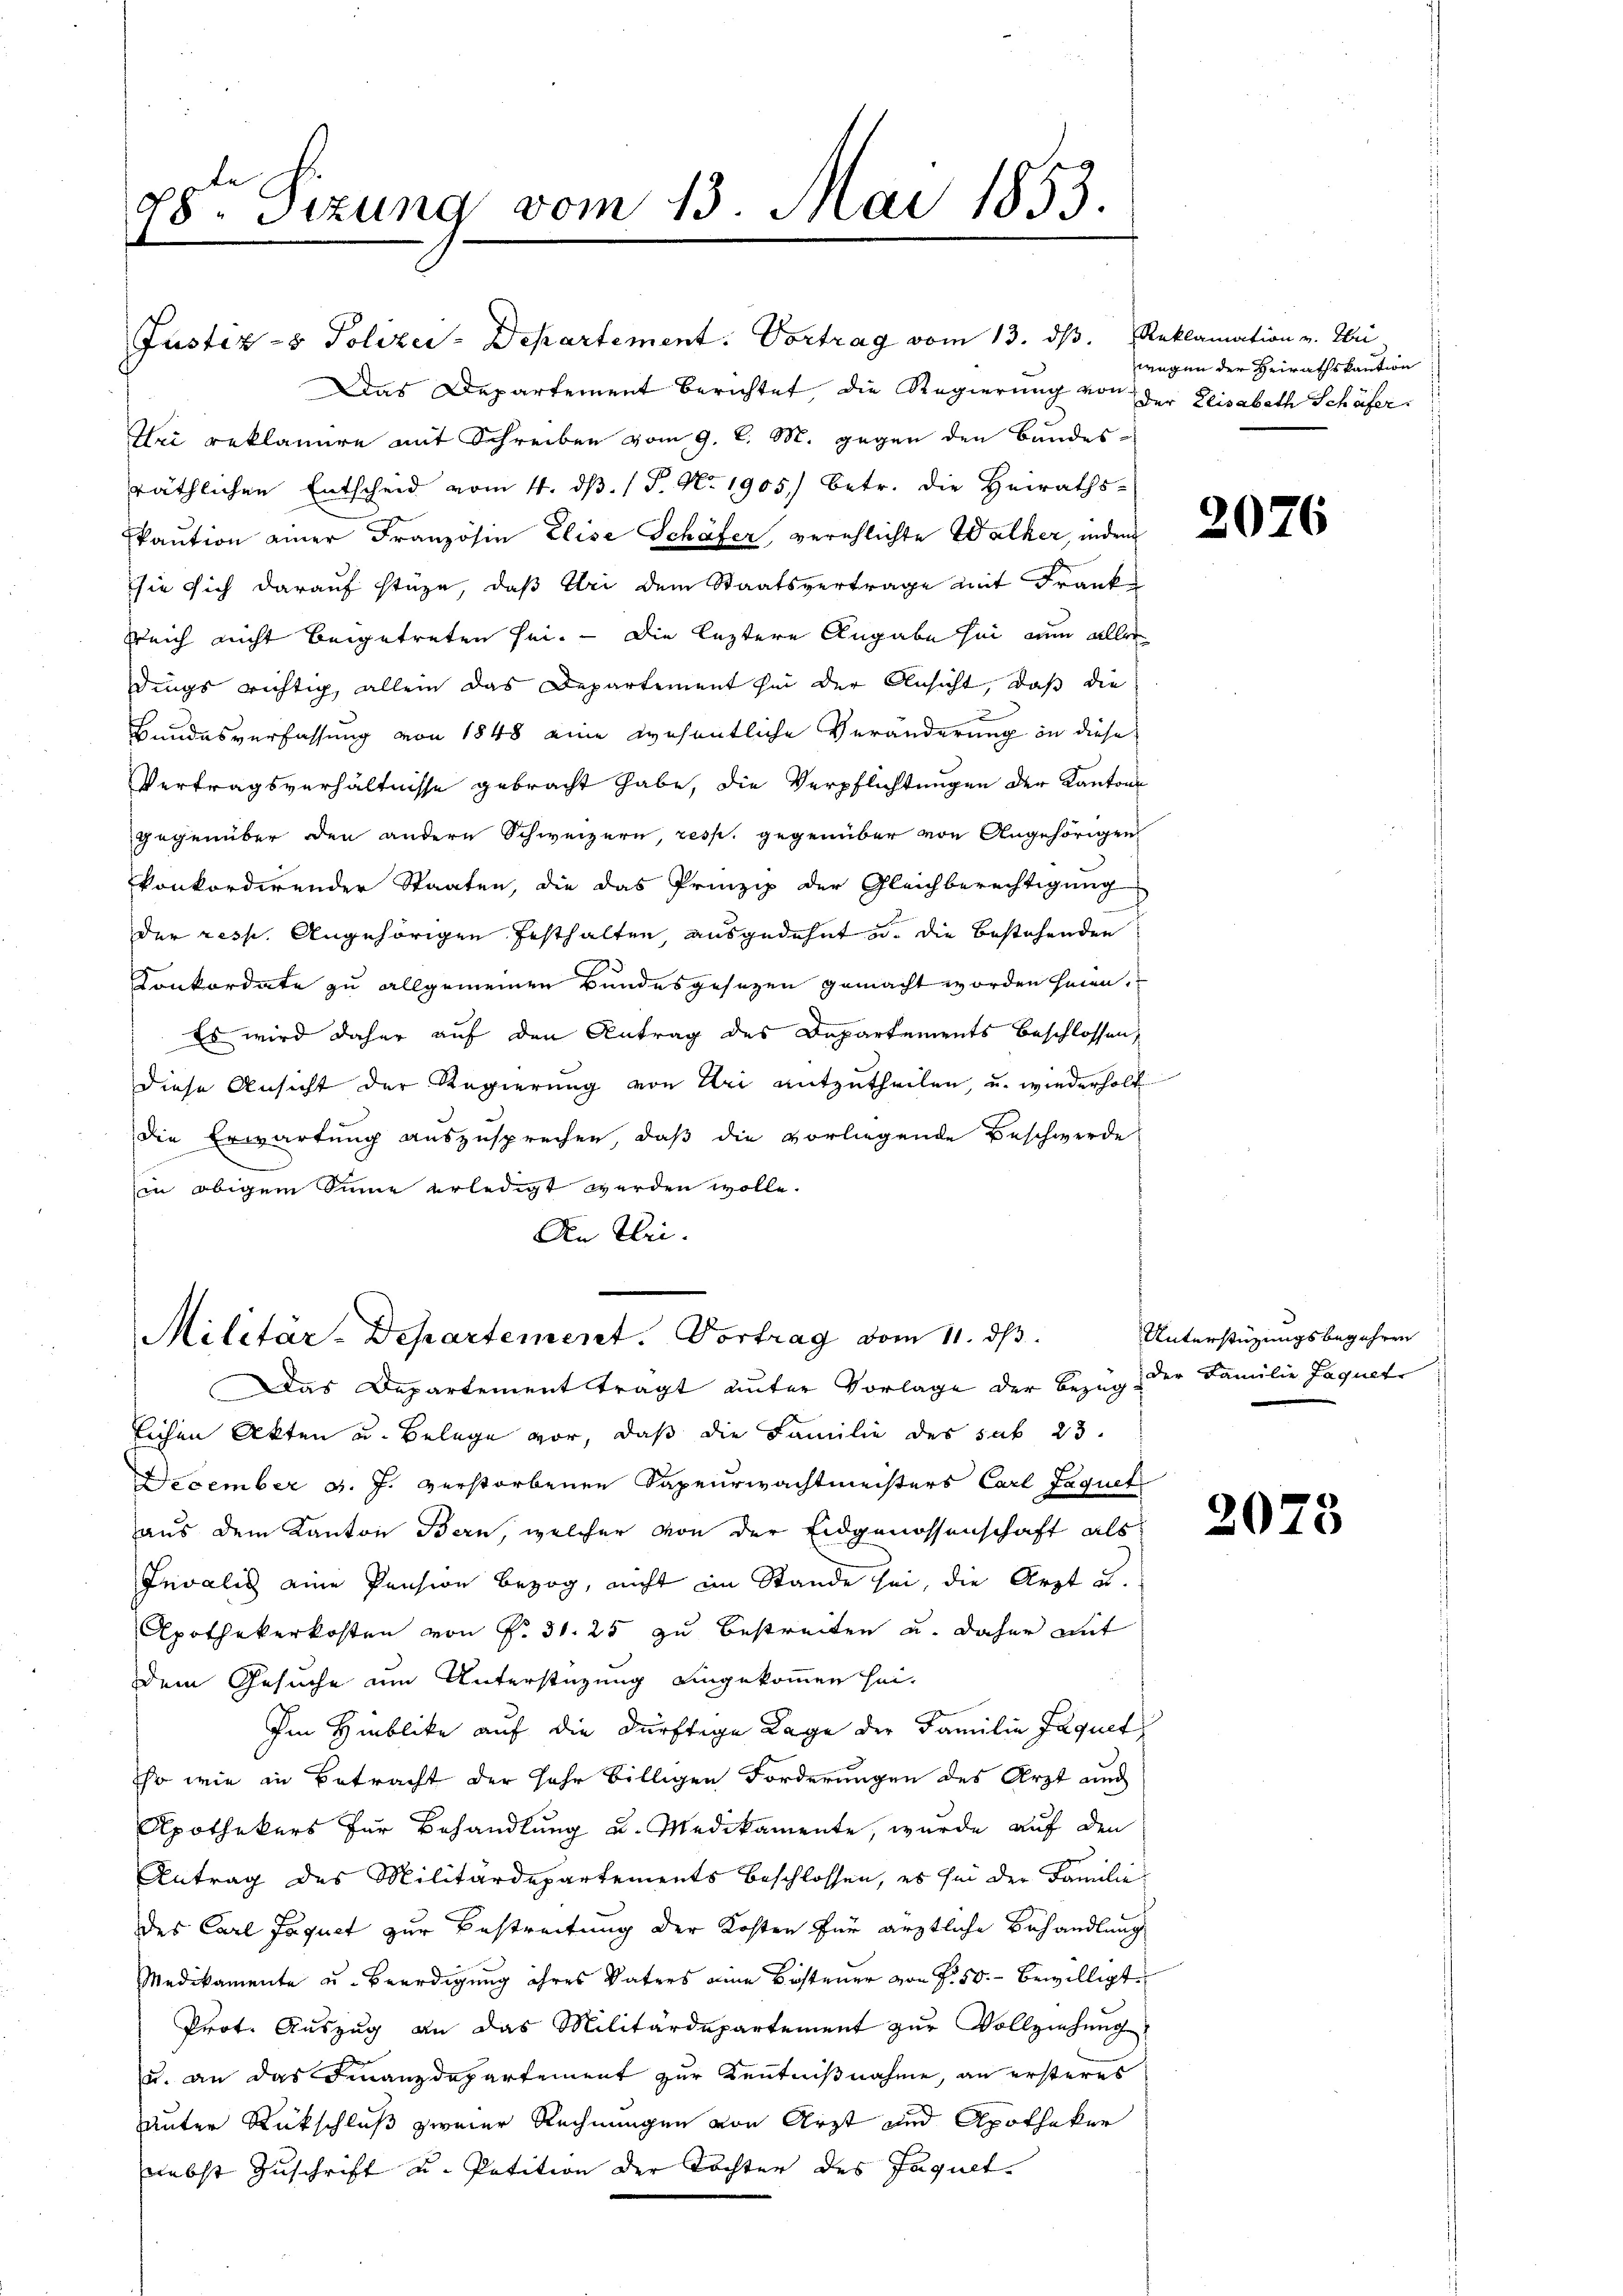
78te Sizung vom 13. Mai 1853.

Justiz- & Polizei-Departement. Vortrag vom 13. dβ. Reklamation v. Chri
Das Departement berichtet, die Regierung von der Elisabeth Schäfer
Hei reklamire mit Schreiben vom 9. l. M. gegen den Bundesräthlichen Entscheid vom 4. d. 17. No 1905) betr. die Heiraths-
kaution einer Französin Elise Schäfer, verehlichte Walker, indem
sie sich darauf stüze, daß Uri dem Staatsvertrage mit Frank¬
Reich nicht beigetreten sei. — Die leztere Angabe sei nun aller
dings richtig, allein das Departement sei der Ansicht, daß die
Bundesverfassung von 1848 eine wesentliche Veränderung in diese
Vertragsverhältnisse gebracht habe, die Verpflichtungen der Kantons
gegenüber den andern Schweizern, resp. gegenüber von Angehörigen
konkordirender Staaten, die das Prinzip der Gleichberechtigung
b
der resp. Angehörigen festhalten, ausgedehnt u. die bestehenden
Konkordate zu allgemeinen Bundesgesezen gemacht worden seien.
Es wird daher auf den Antrag des Departements beschlossen,
diese Ansicht der Regierung von Uri mitzutheilen, u. wiederholt
die Erwartung auszusprechen, daß die vorliegende Beschwerde
in obigem Sinne erledigt werden wolle.
An Uri.

Militär-Departement. Vortrag vom 11. ds.

Das Departement tragt unter Vorlage der Bezug der Familie Jaquet
lichen Akten u. Belege vor, daß die Familie des sub 23.
December v. J. verstorbenen Sapeurwachtmeisters Carl Jaquet
aus dem Kanton Bern, welcher von der Eidgenossenschaft als
Invalis eine Pension bezog, nicht im Stande sei, die Arzt u.
Apothekerkosten von Fr. 31. 25 zu Bestreiten u. daher mit
Dem Gesuche um Unterstüzung eingekommen sei.
Im Hinblicke auf die dürftige Lage der Familie Jaquet
so wie in Betracht der Jahr billigen Forderungen des Arzt und
Apothekers für Behandlung u. Medikamente, wurde auf den
Antrag des Militärdepartements beschlossen, es sei der Familie
des Carl Jaquet zur Bestreitung der Kosten für ärztliche Behandlung
Medikamente u. Beerdigung ihres Vaters eine Besteuer von § 50. bewilligt
Prot. Auszug an das Militärdepartement zŭr Vollziehung
u. an das Finanzdepartement zur Kenntnißnahme, an ersteres
häuter Rückschluß zweier Rechnungen von Arzt und Apotheker
nebst Zuschrift u. Petition der Tochter des Jaquet¬

wegen der Heirathskaution

2076

Unterstüzungsbegehren

2073